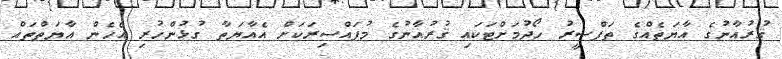
ޤުރުއާނުގެ އާޔަތެއްގެ ތަފްސީރު ހޯދުމަށްޓަކައި ޤުރުއާނުގެ މުފައްސިރަކަށް އެއާޔަތާ ގުޅުންހުރި އެހެން އާޔަތްތައް